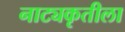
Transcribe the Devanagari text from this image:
नाट्यकृतीला